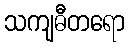
သကျဓီတရော